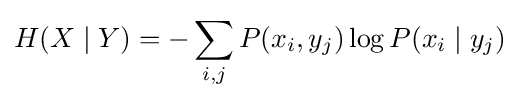
H(X\mid Y)=-\sum _{i,j}P(x_{i},y_{j})\log P(x_{i}\mid y_{j})